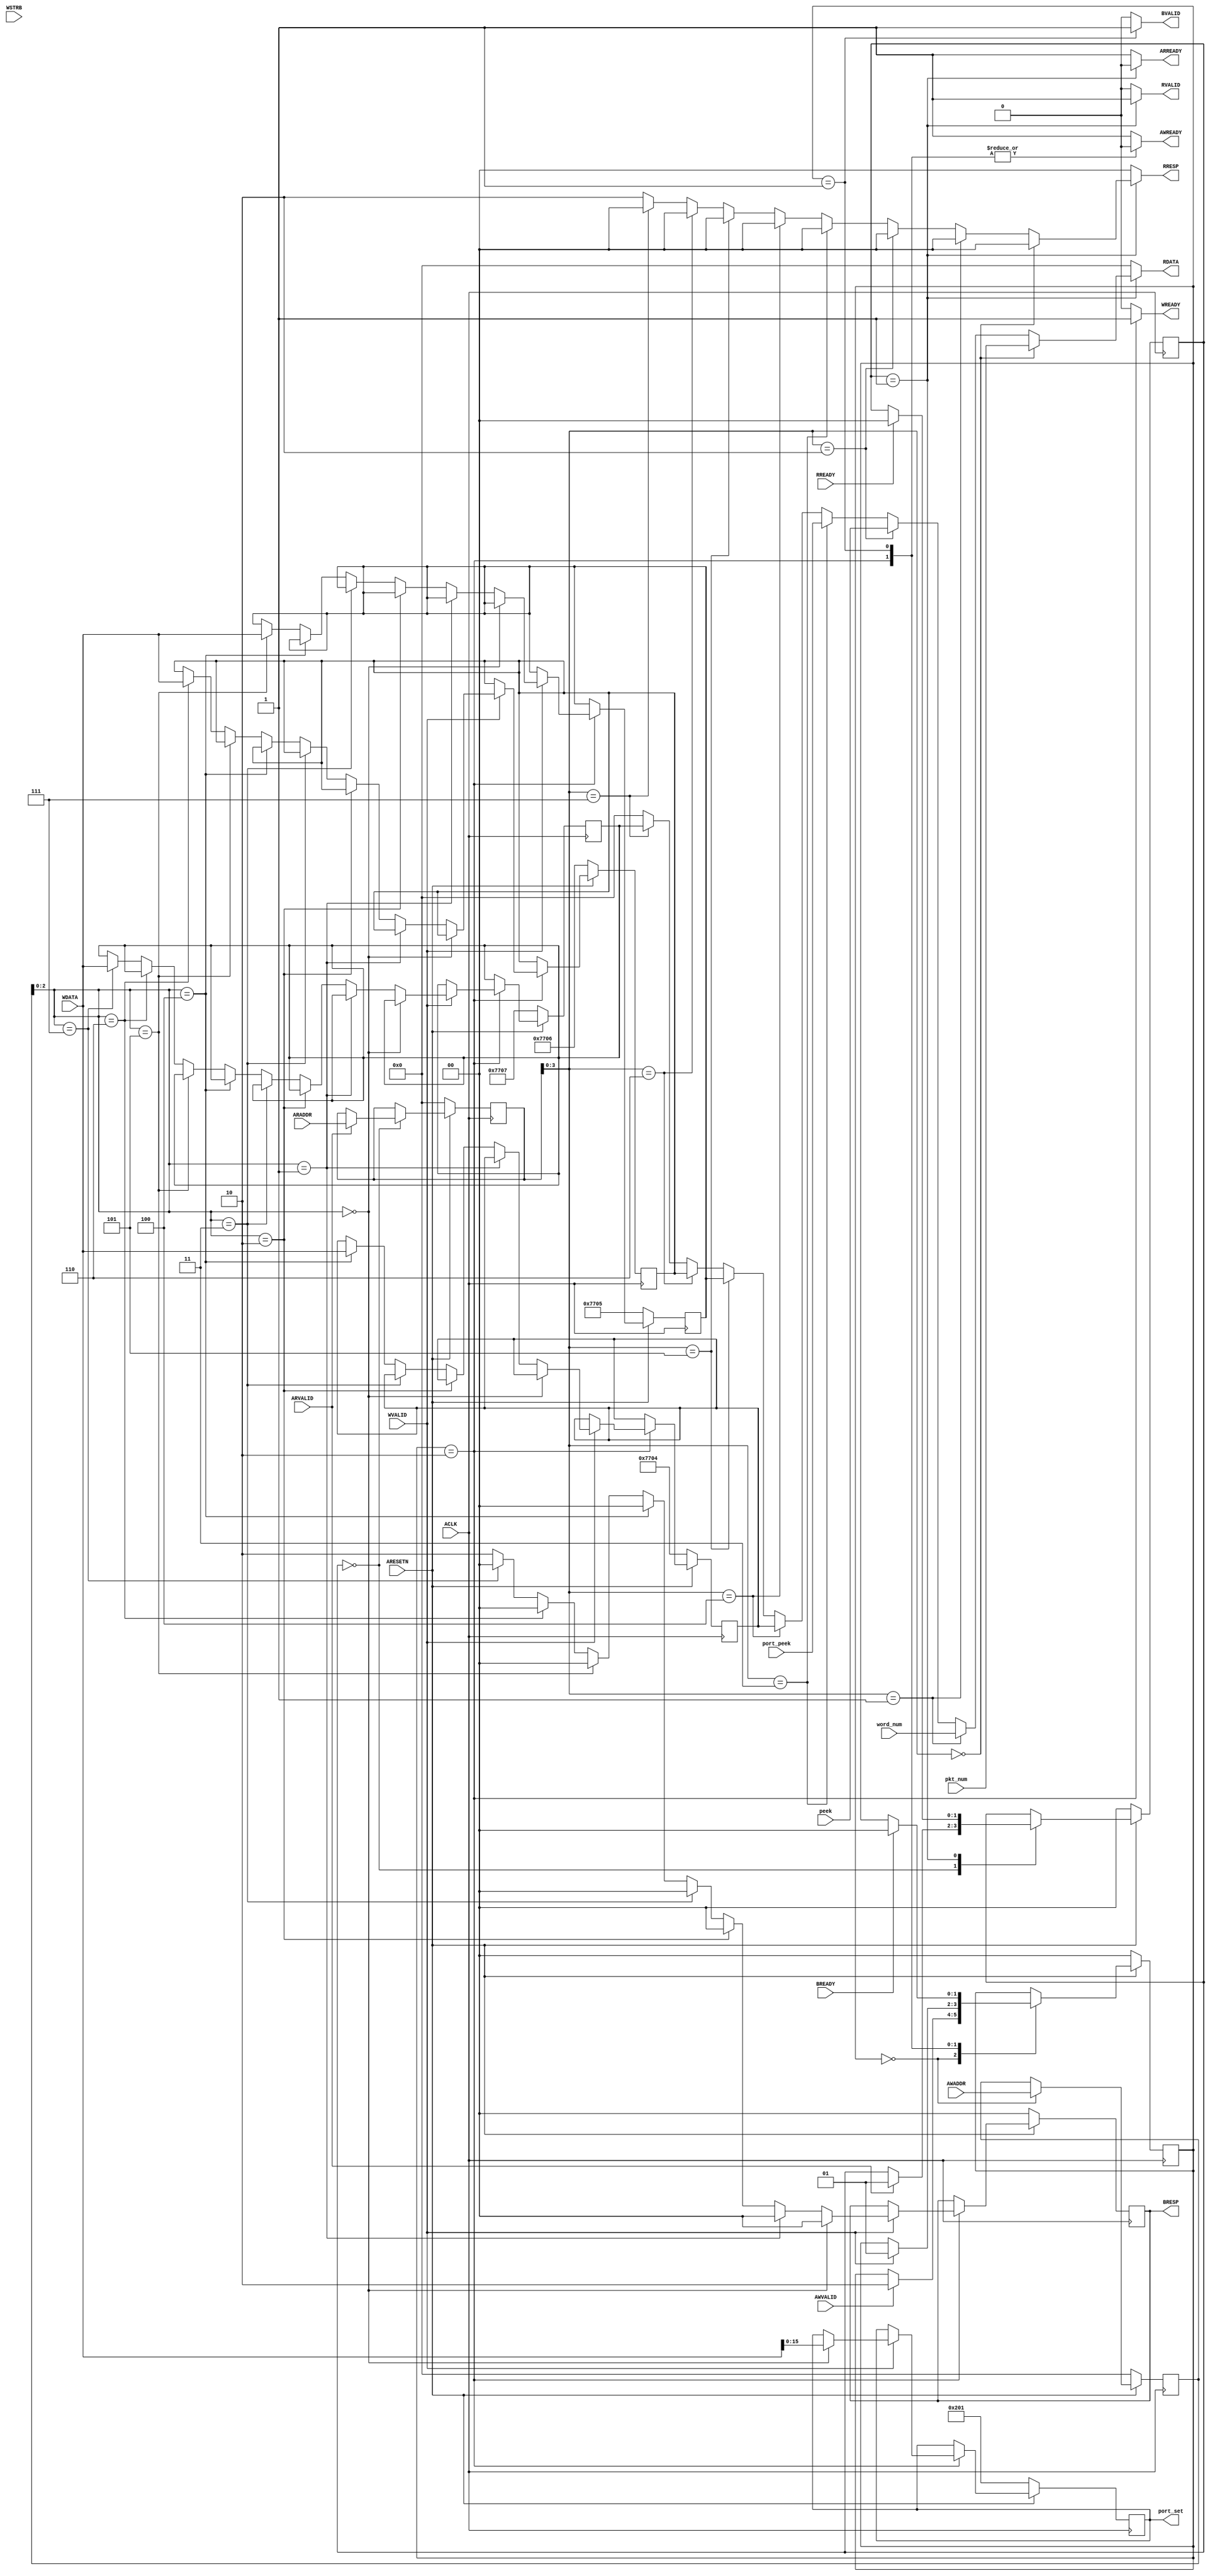
/*******************************************************************************
 *
 *  NetFPGA-10G http://www.netfpga.org
 *
 *  File:
 *        axi4_lite_regs.v
 *
 *  Library:
 *        hw/contrib/pcores/dma_v1_00_a
 *
 *  Module:
 *        dma
 *
 *  Author:
 *        Mario Flajslik
 *
 *  Description:
 *        Simple AXI slave interface to 8 test registers that can be read/written.
 *        These registers do not affect dma operation in any way, but can be used
 *        for test purposes.
 *
 *  Copyright notice:
 *        Copyright (C) 2010, 2011 The Board of Trustees of The Leland Stanford
 *                                 Junior University
 *
 *  Licence:
 *        This file is part of the NetFPGA 10G development base package.
 *
 *        This file is free code: you can redistribute it and/or modify it under
 *        the terms of the GNU Lesser General Public License version 2.1 as
 *        published by the Free Software Foundation.
 *
 *        This package is distributed in the hope that it will be useful, but
 *        WITHOUT ANY WARRANTY; without even the implied warranty of
 *        MERCHANTABILITY or FITNESS FOR A PARTICULAR PURPOSE.  See the GNU
 *        Lesser General Public License for more details.
 *
 *        You should have received a copy of the GNU Lesser General Public
 *        License along with the NetFPGA source package.  If not, see
 *        http://www.gnu.org/licenses/.
 *
 */

module axi4_lite_regs_test
  #(
    // Master AXI Lite Data Width
    parameter DATA_WIDTH=32,
    parameter ADDR_WIDTH=32
    )
   (
    input [31:0] pkt_num,
    input [31:0] word_num,
    input [31:0] peek,
    input [31:0] port_peek,
    output reg [15:0] port_set,
    input                        ACLK,
    input                        ARESETN,
    
    input [ADDR_WIDTH-1: 0]      AWADDR,
    input                        AWVALID,
    output reg                   AWREADY,
    
    input [DATA_WIDTH-1: 0]      WDATA,
    input [DATA_WIDTH/8-1: 0]    WSTRB,
    input                        WVALID,
    output reg                   WREADY,
    
    output reg [1:0]             BRESP,
    output reg                   BVALID,
    input                        BREADY,
    
    input [ADDR_WIDTH-1: 0]      ARADDR,
    input                        ARVALID,
    output reg                   ARREADY,
    
    output reg [DATA_WIDTH-1: 0] RDATA, 
    output reg [1:0]             RRESP,
    output reg                   RVALID,
    input                        RREADY
    );

   localparam AXI_RESP_OK = 2'b00;
   localparam AXI_RESP_SLVERR = 2'b10;
   
   localparam WRITE_IDLE = 0;
   localparam WRITE_RESPONSE = 1;
   localparam WRITE_DATA = 2;

   localparam READ_IDLE = 0;
   localparam READ_RESPONSE = 1;

   localparam REG_TEST_0 = 4'h0;
   localparam REG_TEST_1 = 4'h1;
   localparam REG_TEST_2 = 4'h2;
   localparam REG_TEST_3 = 4'h3;
   localparam REG_TEST_4 = 4'h4;
   localparam REG_TEST_5 = 4'h5;
   localparam REG_TEST_6 = 4'h6;
   localparam REG_TEST_7 = 4'h7;

   reg [1:0]                     write_state, write_state_next;
   reg [1:0]                     read_state, read_state_next;
   reg [ADDR_WIDTH-1:0]          read_addr, read_addr_next;
   reg [ADDR_WIDTH-1:0]          write_addr, write_addr_next;
   reg [1:0]                     BRESP_next;

   reg [31:0]                    test_reg_0, test_reg_0_next;
   reg [31:0]                    test_reg_1, test_reg_1_next;
   reg [31:0]                    test_reg_2, test_reg_2_next;
   reg [31:0]                    test_reg_3, test_reg_3_next;
   reg [31:0]                    test_reg_4, test_reg_4_next;
   reg [31:0]                    test_reg_5, test_reg_5_next;
   reg [31:0]                    test_reg_6, test_reg_6_next;
   reg [31:0]                    test_reg_7, test_reg_7_next;

   reg [15:0] port_set_nxt;

//   wire [1:0] state_l;
//   wire [31:0] tokens_l;

//   x_signal #(1) x_0(clk, state, ACLK, state_l);
//   x_signal #(32) x_1(clk, tokens, ACLK, tokens_l);
   
   always @(*) begin
      read_state_next = read_state;   
      ARREADY = 1'b1;
      read_addr_next = read_addr;
      RDATA = 0; 
      RRESP = AXI_RESP_OK;
      RVALID = 1'b0;
      
      case(read_state)
        READ_IDLE: begin
           if(ARVALID) begin
              read_addr_next = ARADDR;
              read_state_next = READ_RESPONSE;
           end
        end        
        
        READ_RESPONSE: begin
           RVALID = 1'b1;
           ARREADY = 1'b0;

           if(read_addr[3:0] == REG_TEST_0) begin
              RDATA = pkt_num;
           end
           else if(read_addr[3:0] == REG_TEST_1) begin
              RDATA = word_num;
           end
           else if(read_addr[3:0] == REG_TEST_2) begin
              RDATA = peek;
           end
           else if(read_addr[3:0] == REG_TEST_3) begin
              RDATA = port_peek;
           end
           else if(read_addr[3:0] == REG_TEST_4) begin
              RDATA = test_reg_4;
           end
           else if(read_addr[3:0] == REG_TEST_5) begin
              RDATA = test_reg_5;
           end
           else if(read_addr[3:0] == REG_TEST_6) begin
              RDATA = test_reg_6;
           end
           else if(read_addr[3:0] == REG_TEST_7) begin
              RDATA = test_reg_7;
           end
           else begin
              RRESP = AXI_RESP_SLVERR;
           end

           if(RREADY) begin
              read_state_next = READ_IDLE;
           end
        end
      endcase
   end
   
   always @(*) begin
      write_state_next = write_state;
      write_addr_next = write_addr;

      AWREADY = 1'b1;
      WREADY = 1'b0;
      BVALID = 1'b0;  
      BRESP_next = BRESP;

      test_reg_0_next = test_reg_0;
      test_reg_1_next = test_reg_1;
      test_reg_2_next = test_reg_2;
      test_reg_3_next = test_reg_3;
      test_reg_4_next = test_reg_4;
      test_reg_5_next = test_reg_5;
      test_reg_6_next = test_reg_6;
      test_reg_7_next = test_reg_7;

      port_set_nxt = port_set;

      case(write_state)
        WRITE_IDLE: begin
           write_addr_next = AWADDR;
           if(AWVALID) begin
              write_state_next = WRITE_DATA;
           end
        end
        WRITE_DATA: begin
           AWREADY = 1'b0;
           WREADY = 1'b1;
           if(WVALID) begin
              if (write_addr[2:0] == REG_TEST_0) begin
                 port_set_nxt = WDATA;
                 BRESP_next = AXI_RESP_OK;
              end
              else if (write_addr[2:0] == REG_TEST_1) begin
                 test_reg_1_next = WDATA;
                 BRESP_next = AXI_RESP_OK;
              end
              else if (write_addr[2:0] == REG_TEST_2) begin
                 test_reg_2_next = WDATA;
                 BRESP_next = AXI_RESP_OK;
              end
              else if (write_addr[2:0] == REG_TEST_3) begin
                 test_reg_3_next = WDATA;
                 BRESP_next = AXI_RESP_OK;
              end
              else if (write_addr[2:0] == REG_TEST_4) begin
                 test_reg_4_next = WDATA;
                 BRESP_next = AXI_RESP_OK;
              end
              else if (write_addr[2:0] == REG_TEST_5) begin
                 test_reg_5_next = WDATA;
                 BRESP_next = AXI_RESP_OK;
              end
              else if (write_addr[2:0] == REG_TEST_6) begin
                 test_reg_6_next = WDATA;
                 BRESP_next = AXI_RESP_OK;
              end
              else if (write_addr[2:0] == REG_TEST_7) begin
                 test_reg_7_next = WDATA;
                 BRESP_next = AXI_RESP_OK;
              end
              else begin
                 BRESP_next = AXI_RESP_SLVERR;
              end
              write_state_next = WRITE_RESPONSE;
           end
        end
        WRITE_RESPONSE: begin
           AWREADY = 1'b0;
           BVALID = 1'b1;
           if(BREADY) begin                    
              write_state_next = WRITE_IDLE;
           end
        end
      endcase
   end

   always @(posedge ACLK) begin
      if(~ARESETN) begin
         write_state <= WRITE_IDLE;
         read_state <= READ_IDLE;
         read_addr <= 0;
         write_addr <= 0;
         BRESP <= AXI_RESP_OK;

         test_reg_0 <= 32'h00007700;
         test_reg_1 <= 32'h00007701;
         test_reg_2 <= 32'h00007702;
         test_reg_3 <= 32'h00007703;
         test_reg_4 <= 32'h00007704;
         test_reg_5 <= 32'h00007705;
         test_reg_6 <= 32'h00007706;
         test_reg_7 <= 32'h00007707;

         port_set <= 16'h0201;
      end
      else begin
         write_state <= write_state_next;
         read_state <= read_state_next;
         read_addr <= read_addr_next;
         write_addr <= write_addr_next;
         BRESP <= BRESP_next;

         test_reg_0 <= test_reg_0_next;
         test_reg_1 <= test_reg_1_next;
         test_reg_2 <= test_reg_2_next;
         test_reg_3 <= test_reg_3_next;
         test_reg_4 <= test_reg_4_next;
         test_reg_5 <= test_reg_5_next;
         test_reg_6 <= test_reg_6_next;
         test_reg_7 <= test_reg_7_next;

         port_set <= port_set_nxt;

      end
   end
   

endmodule

module x_signal #(parameter WIDTH=1)
   (
    clkA, SignalIn, 
    clkB, SignalOut);

   // clkA domain signals
   input              clkA;
   input [WIDTH-1:0]  SignalIn;
   
   // clkB domain signals
   input              clkB;
   output [WIDTH-1:0] SignalOut;
   
   // Now let's transfer SignalIn into the clkB clock domain
   // We use a two-stages shift-register to synchronize the signal
   reg [WIDTH-1:0]    SyncA_clkB_0;
   reg [WIDTH-1:0]    SyncA_clkB_1;
   always @(posedge clkB) SyncA_clkB_0 <= SignalIn;      // notice that we use clkB
   always @(posedge clkB) SyncA_clkB_1 <= SyncA_clkB_0; // notice that we use clkB

   assign SignalOut = SyncA_clkB_1;  // new signal synchronized to (=ready to be used in) clkB domain
endmodule